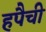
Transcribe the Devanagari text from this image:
हपैची